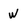
Character: w